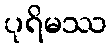
ပုရိမဿ